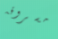
مسروقه